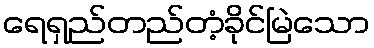
ရေရှည်တည်တံ့ခိုင်မြဲသော